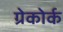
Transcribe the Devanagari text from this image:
ग्रेकोर्क